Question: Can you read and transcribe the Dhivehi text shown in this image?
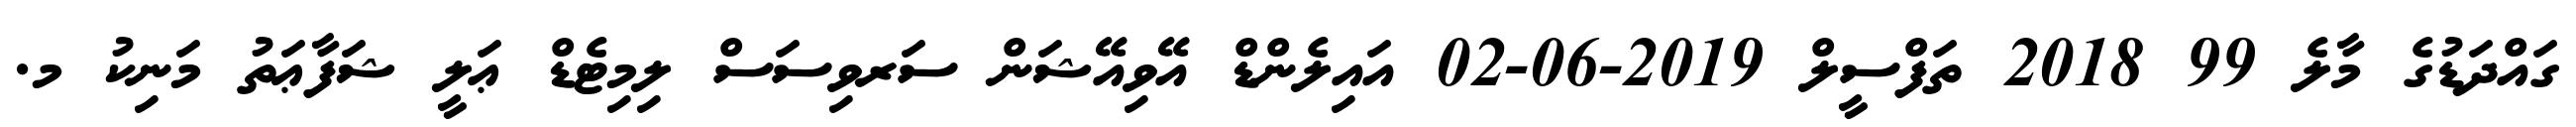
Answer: ގައްދަޑުގެ މާލެ 99 2018 ތަފްސީލް 2019-06-02 އައިލެންޑް އޭވިއޭޝަން ސަރވިސަސް ލިމިޓެޑް ޢަލީ ޝަފާޢަތު މަނިކު މ.